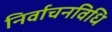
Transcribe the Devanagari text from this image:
निर्वाचनविधि